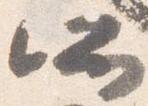
所